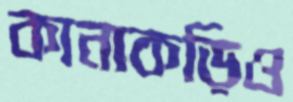
কানাকড়িও